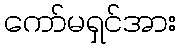
ကော်မရှင်အား